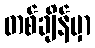
တစ်ချိန်မှာ